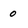
Character: 0